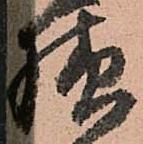
様